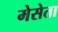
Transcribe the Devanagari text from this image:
मेसेता